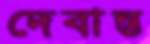
দেবান্ত